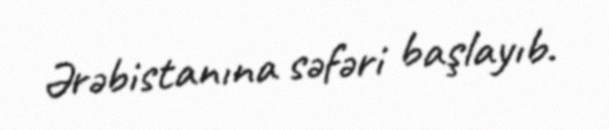
Ərəbistanına səfəri başlayıb.